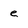
Character: e